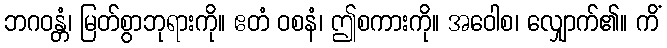
ဘဂဝန္တံ၊ မြတ်စွာဘုရားကို။ ဧတံ ဝစနံ၊ ဤစကားကို။ အဝေါစ၊ လျှောက်၏။ ကိံ